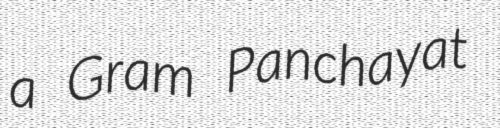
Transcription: a Gram Panchayat